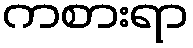
ကစားရာ